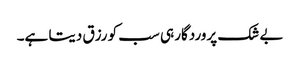
بے شک پروردگار ہی سب کو رزق دیتا ہے۔